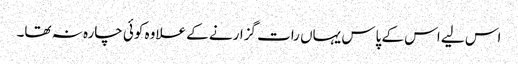
اس لیے اس کے پاس یہاں رات گزارنے کے علاوہ کوئی چارہ نہ تھا۔